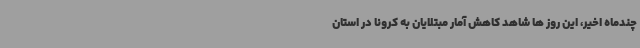
چندماه اخیر، این روز ها شاهد کاهش آمار مبتلایان به کرونا در استان